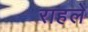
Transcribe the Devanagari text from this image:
राहले